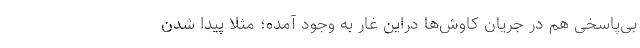
بی‌پاسخی هم در جریان کاوش‌ها دراین غار به وجود آمده؛ مثلا پیدا شدن